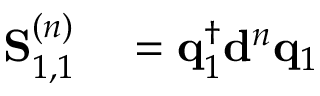
\begin{array} { r l } { \mathbf { S } _ { 1 , 1 } ^ { ( n ) } } & { { } = \mathbf { q } _ { 1 } ^ { \dagger } \mathbf { d } ^ { n } \mathbf { q } _ { 1 } } \end{array}